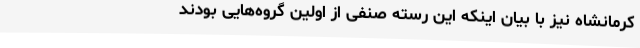
کرمانشاه نیز با بیان اینکه این رسته صنفی از اولین گروه‌هایی بودند